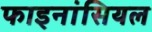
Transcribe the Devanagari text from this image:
फाइनांसियल